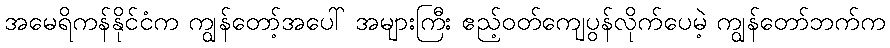
အမေရိကန်နိုင်ငံက ကျွန်တော့်အပေါ် အများကြီး ဧည့်ဝတ်ကျေပွန်လိုက်ပေမဲ့ ကျွန်တော်ဘက်က